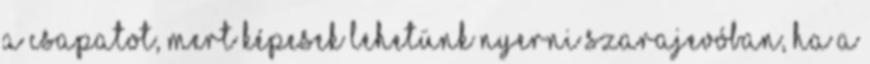
a csapatot, mert képesek lehetünk nyerni Szarajevóban, ha a